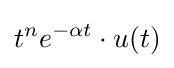
t^{n}e^{-\alpha t}\cdot u(t)